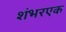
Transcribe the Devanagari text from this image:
शंभरएक